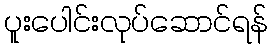
ပူးပေါင်းလုပ်ဆောင်ရန်